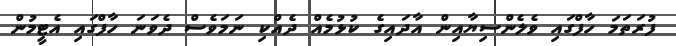
ފުރަތަމަ ހާފްގައި ވެލެންސިޔާއިން އާދައިގެ ކުޅުމެއް ދެއްކި ނަމަވެސް ދެވަނަ ހާފްގައި އެޓީމުން